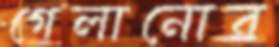
গেলানোর